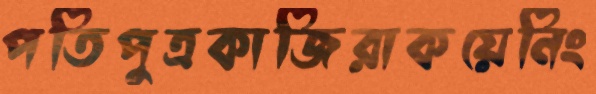
পতিপুত্রকাজিরাকয়েনিং